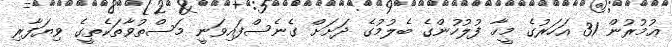
ޢުމުރުން 31 އަހަރުގެ މީހާ ފުލުހުންގެ ބެލުމުގެ ދަށަށް ގެނެސްފައިވަނީ މަސްތުވާތަކެތީގެ ވިޔަފާރި